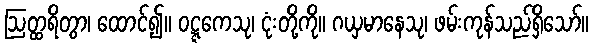
ဩတ္ထရိတွာ၊ ထောင်၍။ ဝဋ္ဋကေသု၊ ငုံးတို့ကို။ ဂယှမာနေသု၊ ဖမ်းကုန်သည်ရှိသော်။